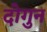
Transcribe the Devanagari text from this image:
दोगुन